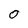
Character: O